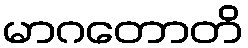
မာဂတောတိ